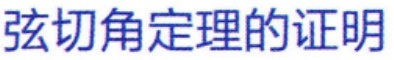
弦切角定理的证明